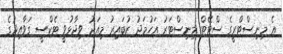
އެ މިނިސްޓްރީގެ ސްޓޭޓް މިނިސްޓަރު އަހުމަދު ޒުބައިރު މިއަދު ވިދާޅުވީ ޓެކްސީ ގަވާއިދުގެ